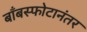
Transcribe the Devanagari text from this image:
बाँबस्फोटानंतर